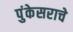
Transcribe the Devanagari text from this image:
पुंकेसराचे